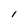
Character: l